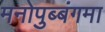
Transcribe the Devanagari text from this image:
मनोपुब्बंगमा